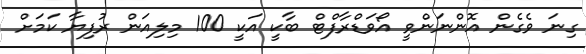
ގިނަ ވެގެން އޮންނަންވީ އޯވަޑްރާފްޓް ބާކީ އަކީ 100 މިލިއަން ރުފިޔާ ކަމަށް